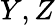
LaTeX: Y,Z